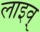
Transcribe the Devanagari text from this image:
लाइव्